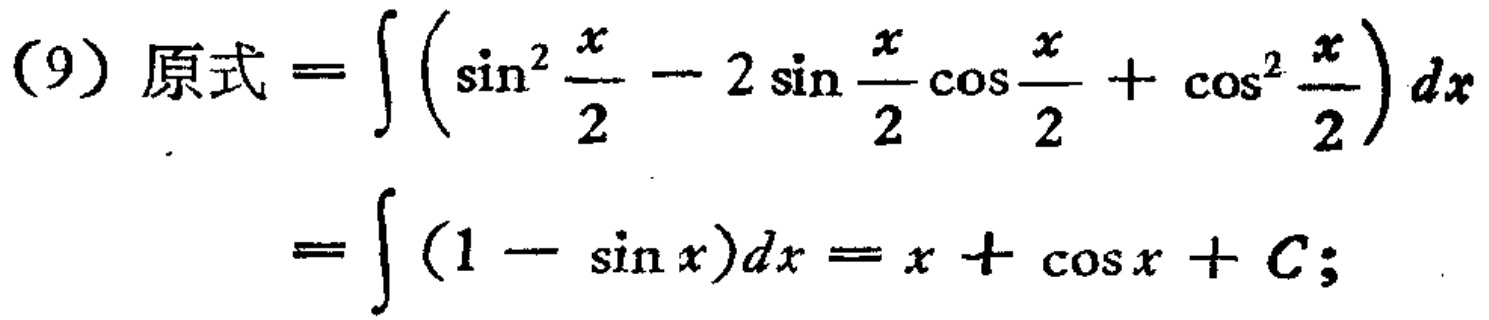
(9) 原式 \(=\int \left(\sin^{2}\frac{x}{2}-2\sin\frac{x}{2}\cos\frac{x}{2}+\cos^{2}\frac{x}{2}\right)dx\)
\(=\int (1 - \sin x)dx=x+\cos x + C;\)